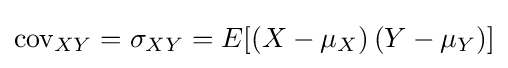
{\text{cov}}_{XY}=\sigma _{XY}=E[(X-\mu _{X})\,(Y-\mu _{Y})]